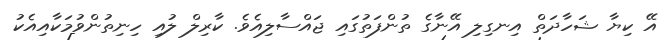
އޭ ކިޔާ ޝަހާދަތް އިނގިލި އޭނާގެ ތުންފަތުގައި ޖައްސާލިއެވެ. ކާރިލް ލުއި ހިނިތުންވުމަކާއިއެކު